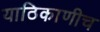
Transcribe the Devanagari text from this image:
याठिकाणीच